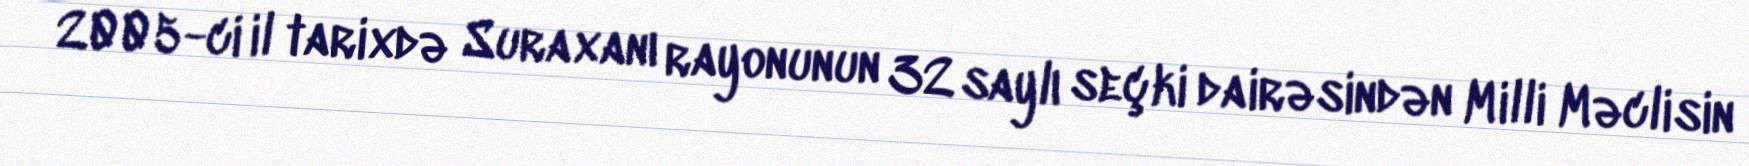
2005-ci il tarixdə Suraxanı rayonunun 32 saylı seçki dairəsindən Milli Məclisin